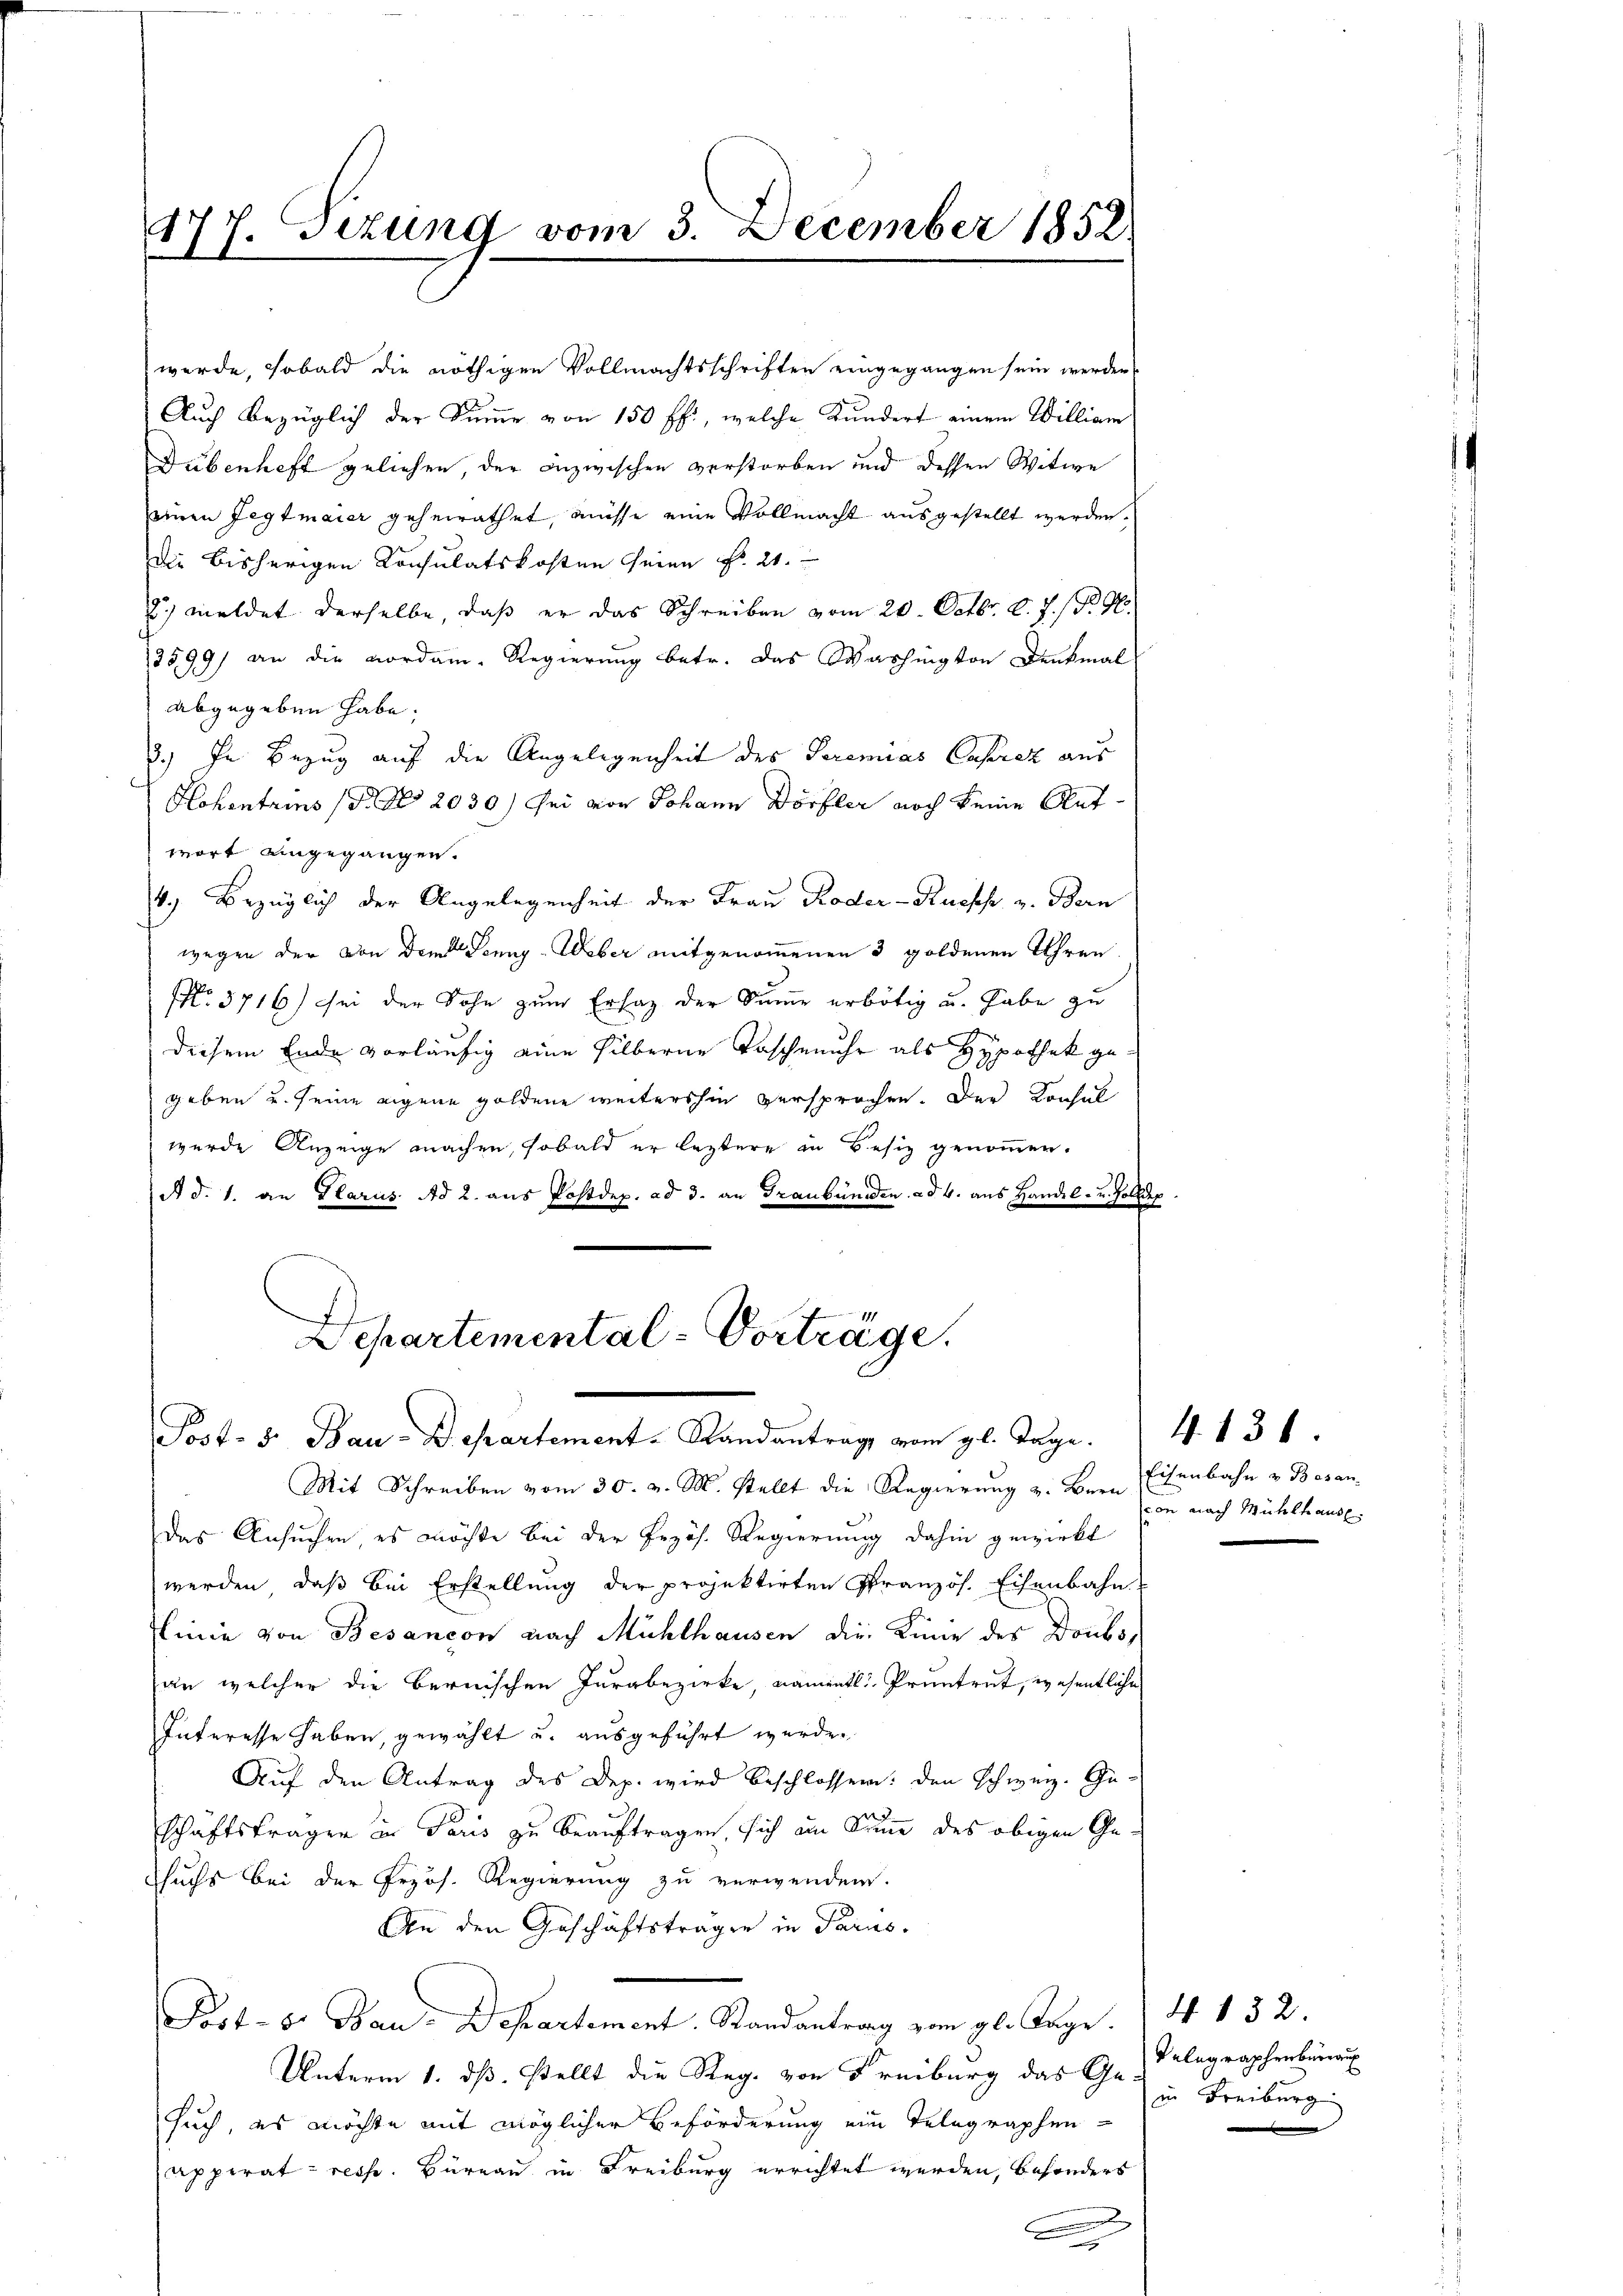
Sizung vom 3. December 1852.
177.

Departemental-Vorträge.
Post- 5. Bau-Departement-Standantrags vom gl. Tage.

Hohentrins (Bd. 2030) sei von Johann Dörfler noch keine Rat
wort eingegangen.
4.) Bezüglich der Angelegenheit der Frau Roder - Ruepp v. Bern
wegen der von dem Sonng-Weber mitgenommenen 3 goldenen Ihren
NNo. 3716) sei der Sohn zum Ersatz der Summe erbötig u. habe zu
diesem Ende vorläufig eine silberne Taschenuhr als Hypothek gegeben u. seine eigene goldene weitershin versprochen. Der Konsul
wurde Anzeige machen, sobald er leztere in Besiz genommen.
t
A d. 1. an Harus. Ad 2. aus Postdep. ad 3. an Graubünden. ad 4. aus Handel- u. Zolldep

werde, sobald die nöthigen Vollmachtsschriften eingegangen sein werden,
Auch bezüglich der Summe von 150 ff., welche Kundert einem William
Dubenheft geliehen, der Inzwischen verstorben und dessen Witwe
einen Fegtmaier geheirathet, müsse eine Vollmacht ausgestellt werden.
Die bisherigen Consulatskosten seine Fr. 21.
) meldet derselbe, daß er das Schreiben vom 20. Octbr. l. J. 18. Ge
2599) an die Nordam. Regierung betr. das Washington Denkmal
abgegeben habe.
3.) In Bezug auf die Angelegenheit des Seremias Caprez aus

Mit Schreiben vom 30. v. M. stellt die Regierung z. Bern Eisenbahn & Besan-
das Ansuchen es möchte bei der Przös. Regierung dahin gewirkt
werden, daß bei Erstellung der projektirten Französ. Eisenbahn
Linie von Besançon nach Mühlhausen die Kinne des Doubs,
an welcher die Bernischen Jurabezirke, namentl. Pruntrut, wesentliche
Interesse haben, gewählt u. ausgeführt werden
Auf den Antrag des Dep. wird beschlossen: den Schweiz. Ge-
schäftsfragen in Paris zu beauftragen, sich im Sinne des obigen Gehuchs bei der Przös. Regierung zu verwenden.
An den Geschäftsträger in Parus.
Post- 8. Bau-Departement. Randantrag vom gl. Tage 4. 132.
Unterm 1. ds. stellt die Reg. von Freiburg das Ge-
such, es möchte mit möglicher Beförderung ein Telegraphen-
apperat resse. Büreau in Freiburg errichtet werden, besonders
e

von nach Mühlhause.

4131.

Telegraphenbureau
in Freiburg